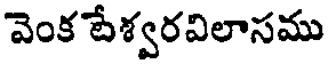
వెంక పేశ్వరవిలాసము